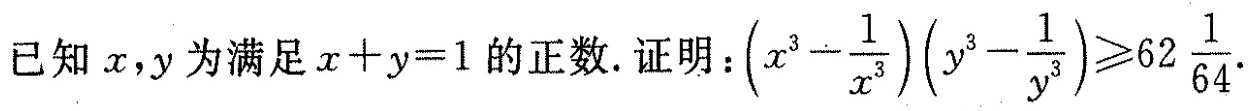
已知x，y为满足$$x + y = 1$$的正数。证明：$$(x ^ { 3 } - \frac { 1 } { x ^ { 3 } } ) ( y ^ { 3 } - \frac { 1 } { y ^ { 3 } } ) ≥ 6 2 \frac { 1 } { 6 4 }$$ .